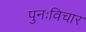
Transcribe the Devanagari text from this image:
पुनःविचार